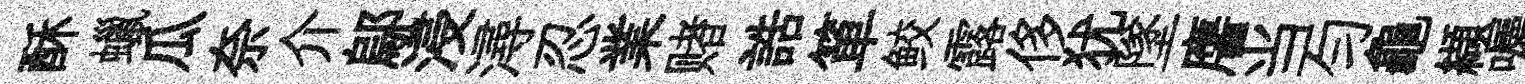
酥蠟瓜奈介鄔浸潯忍業赌誥箪鲛露侈犹墜譍当匀龜纈囑